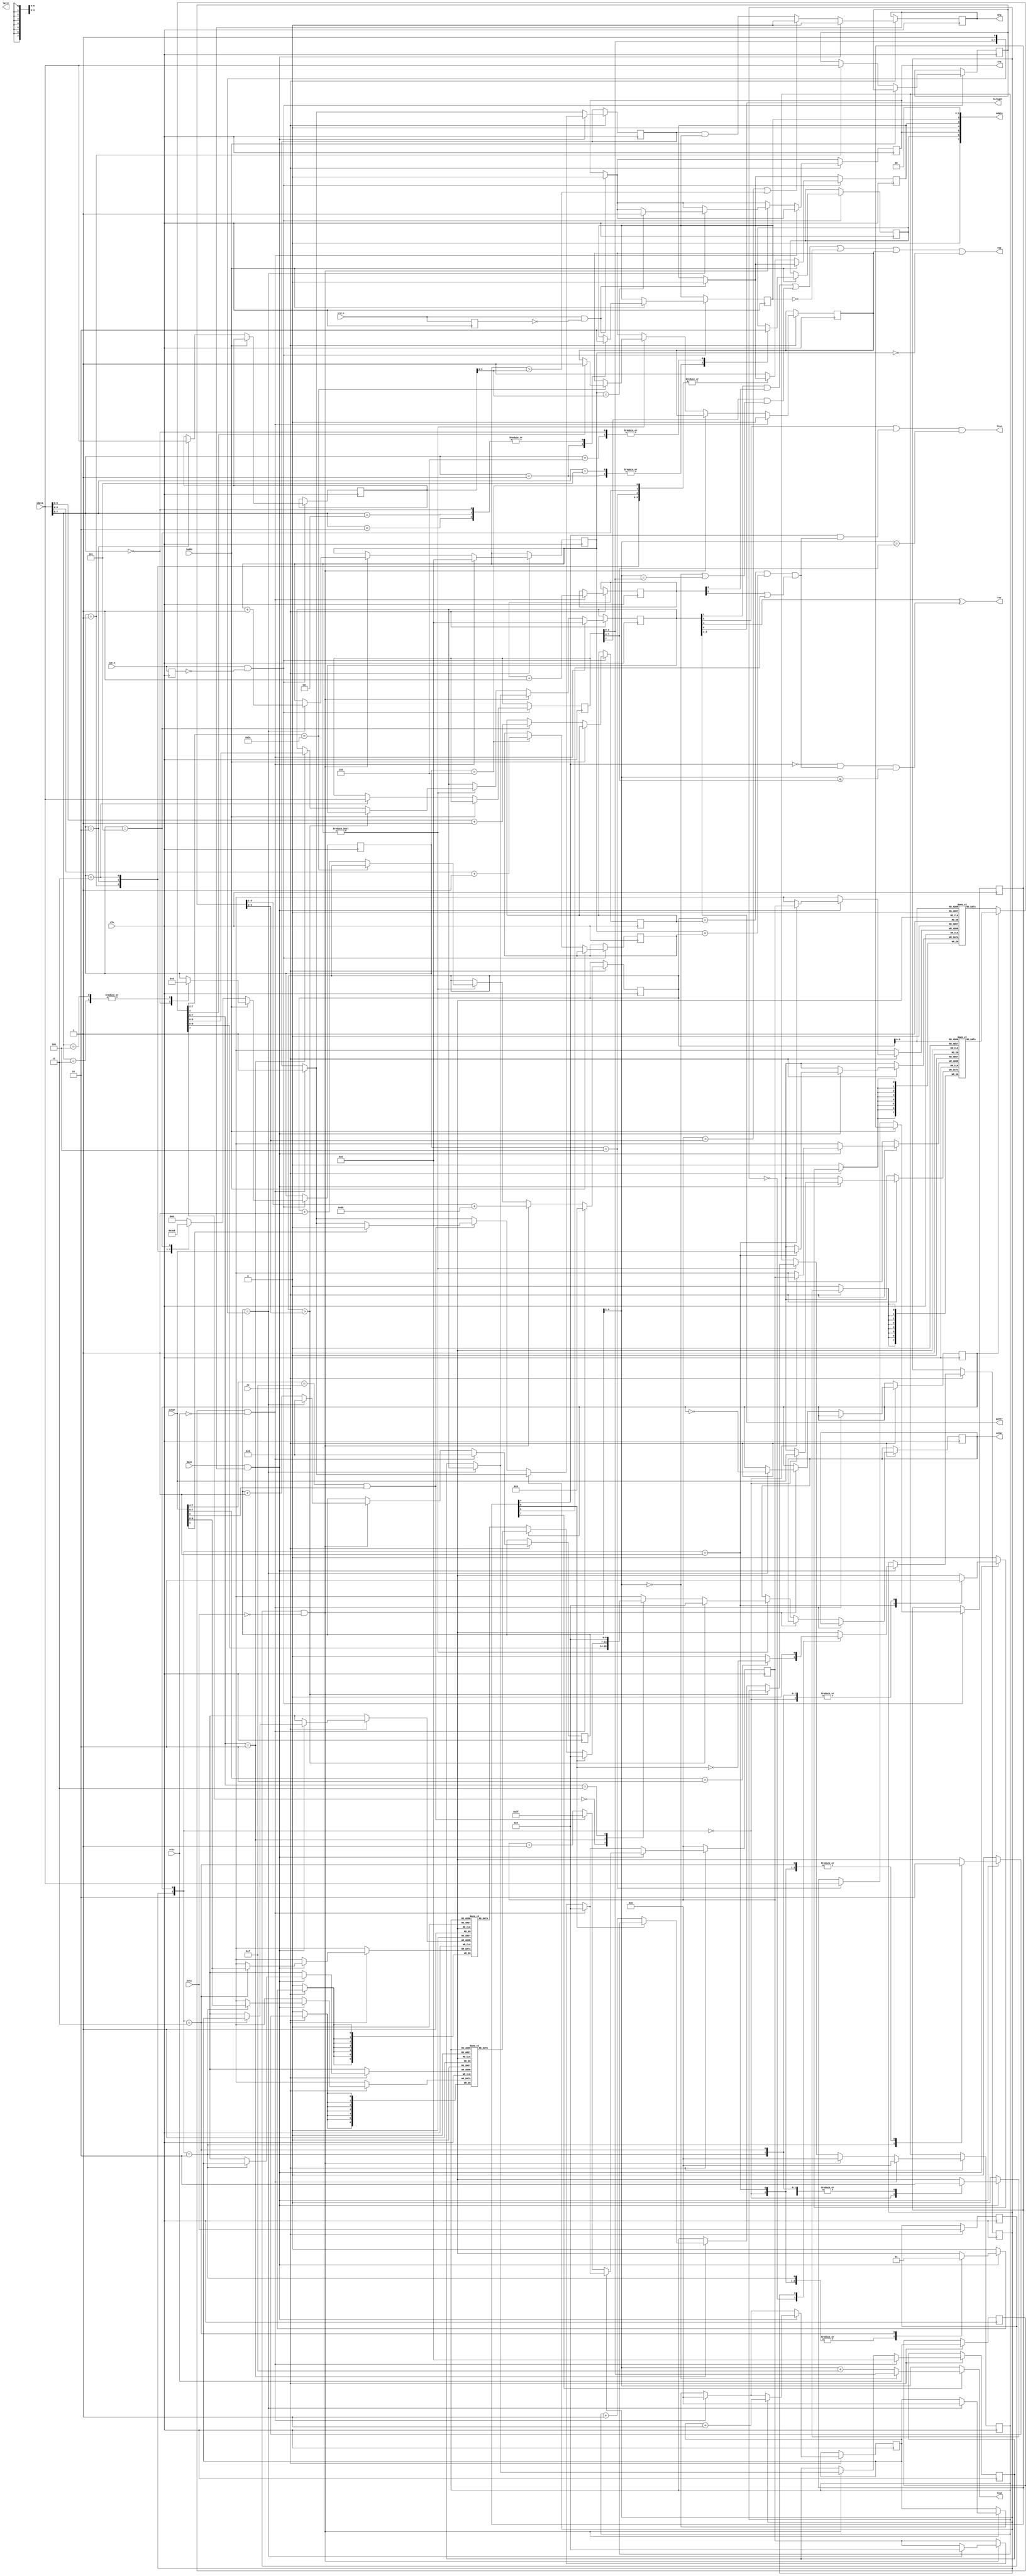
// ====================================================================
//                Radio-86RK FPGA REPLICA
//
//            Copyright (C) 2011 Dmitry Tselikov
//
// This core is distributed under modified BSD license. 
// For complete licensing information see LICENSE.TXT.
// -------------------------------------------------------------------- 
//
// An open implementation of K580WG75 CRT controller
//
// 
// Design File: k580wg75.v
//
// Warning: This realization is not fully operational.

module k580wg75(
	input clk,
	input ce,
	input iaddr,
	input[7:0] idata,
	input iwe_n,
	input ird_n,
	input vrtc,
	input hrtc,
	input dack,
	input[7:0] ichar,
	output reg drq,
	output reg irq,
	output[7:0] odata,
	output[3:0] line,
	output reg[6:0] ochar,
	output lten,
	output vsp,
	output rvv,
	output hilight,
	output[1:0] lattr,
	output[1:0] gattr );

reg[7:0] init0;
reg[7:0] init1;
reg[7:0] init2;
reg[7:0] init3;
reg enable,inte,dmae;
reg[2:0] dmadelay;
reg[1:0] dmalen;
reg[6:0] curx;
reg[5:0] cury;

wire[6:0] maxx = init0[6:0];
wire[5:0] maxy = init1[5:0];
wire[3:0] underline  = init2[7:4];
wire[3:0] charheight = init2[3:0];
wire linemode = init3[7];
wire fillattr = init3[6]; // 0 - transparent, 1 - normal fill
wire curblink = init3[5]; // 0 - blink
wire curtype  = init3[4]; // 0 - block, 1 - underline

reg[4:0] chline;
reg[5:0] attr;
reg[5:0] exattr;
reg[3:0] iposf;
reg[3:0] oposf;
reg[6:0] ipos;
reg[7:0] opos;
reg[5:0] ypos;
reg[4:0] frame;
reg lineff,exwe_n,exrd_n,exvrtc,exhrtc,err,vspfe;
reg[6:0] fifo0[15:0];
reg[6:0] fifo1[15:0];
reg[7:0] buf0[79:0];
reg[7:0] buf1[79:0];
reg[2:0] pstate;
reg istate;

wire vcur = opos=={1'b0,curx} && ypos==cury && (frame[3]|curblink);
wire[7:0] obuf = lineff ? buf0[opos] : buf1[opos];

assign odata = {1'b0,inte,irq,1'b0,err,enable,2'b0};
assign line = linemode==0 ? chline[4:1] : chline[4:1]==0 ? charheight : chline[4:1]+4'b1111;
assign lten = ((attr[5] || (curtype && vcur)) && chline[4:1]==underline);
assign vsp = (attr[1] && frame[4]) || (underline[3]==1'b1 && (chline[4:1]==0||chline[4:1]==charheight)) || !enable || vspfe || ypos==0;
assign rvv = attr[4] ^ (curtype==0 && vcur && chline[4:1]<=underline);
assign gattr = attr[3:2];
assign hilight = attr[0];

always @(posedge clk) begin
	exwe_n <= iwe_n; exrd_n <= ird_n;
	if (ird_n & ~exrd_n) begin
		irq <= 0; err <= 0;
	end
	if (iwe_n & ~exwe_n) begin
		if (iaddr) begin
			case (idata[7:5])
			3'b000: {enable,inte,pstate} <= 5'b00001;
			3'b001: {enable,inte,dmadelay,dmalen} <= {2'b11,idata[4:0]};
			3'b010: enable <= 0;
			3'b011: pstate <= 3'b101;
			3'b100: pstate <= 3'b101;
			3'b101: inte <= 1'b1;
			3'b110: inte <= 1'b0;
			3'b111: enable <= 0; // to do
			endcase
		end else begin
			case (pstate)
			3'b001: {init0,pstate} <= {idata,3'b010};
			3'b010: {init1,pstate} <= {idata,3'b011};
			3'b011: {init2,pstate} <= {idata,3'b100};
			3'b100: {init3,pstate} <= {idata,3'b000};
			3'b101: {curx,pstate} <= {idata[6:0]+1'b1,3'b110};
			3'b110: {cury,pstate} <= {idata[5:0]+1'b1,3'b000};
			default: {err,pstate} <= 4'b1000;
			endcase
		end
	end
	if (ce) begin
		exvrtc <= vrtc; exhrtc <= hrtc;
		if (exvrtc & ~vrtc) begin
			chline <= 0; ypos <= 0; dmae <= 1'b1; vspfe <= 0;
			iposf <= 0; ipos <= 0; oposf <= 0; opos <= 0;
			attr <= 0; exattr <= 0; frame <= frame + 1'b1;
		end else
		if (exhrtc & ~hrtc) begin
			if (chline=={charheight,1'b1}) begin
				chline <= 0; lineff <= ~lineff;
				exattr <= attr; iposf <= 0; ipos <= 0;
				ypos <= ypos + 1'b1;
				if (ypos==maxy) irq <= 1'b1;
			end else begin
				chline <= chline + 1'b1;
				attr <= exattr;
			end
			oposf <= 0; opos <= {2'b0,maxx[6:1]}+8'hD0;
		end else if (ypos!=0) begin
			if (obuf[7:2]==6'b111100) begin
				if (obuf[1]) vspfe <= 1'b1;
			end else
				opos <= opos + 1'b1;
			if (opos > maxx)
				ochar <= 0;
			else begin
				casex (obuf[7:6])
				2'b0x: ochar <= obuf[6:0];
				2'b10: begin
					if (fillattr) begin
						ochar <= 0;
					end else begin
						ochar <= lineff ? fifo0[oposf] : fifo1[oposf];
						oposf <= oposf + 1'b1;
					end
					attr <= obuf[5:0];
				end
				2'b11: ochar <= 0;
				endcase
			end
		end
		if (dack && drq) begin
			drq <= 0;
			case (istate)
			1'b0: begin
				if (ichar[7:4]==4'b1111 && ichar[0]==1'b1) begin
					ipos <= 7'h7F;
					if (ichar[1]==1'b1) dmae <= 0;
				end else begin
					ipos <= ipos + 1'b1;
				end
				istate <= ichar[7:6]==2'b10 ? ~fillattr : 1'b0;
			end
			1'b1: begin
				iposf <= iposf + 1'b1;
				istate <= 0;
			end
			endcase
			case ({istate,lineff})
			2'b00: buf0[ipos] <= ichar;
			2'b01: buf1[ipos] <= ichar;
			2'b10: fifo0[iposf] <= ichar[6:0];
			2'b11: fifo1[iposf] <= ichar[6:0];
			endcase
		end else begin
			drq <= ipos > maxx || ypos > maxy ? 1'b0 : dmae&enable;
		end
	end
end

endmodule